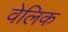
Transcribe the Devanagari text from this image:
वेलिक